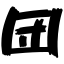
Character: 団